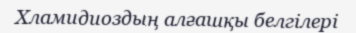
Хламидиоздың алғашқы белгілері